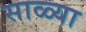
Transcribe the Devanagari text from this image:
साळ्या